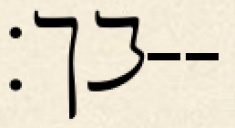
בך׃--